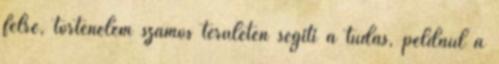
félre, történelem számos területen segíti a tudás, például a